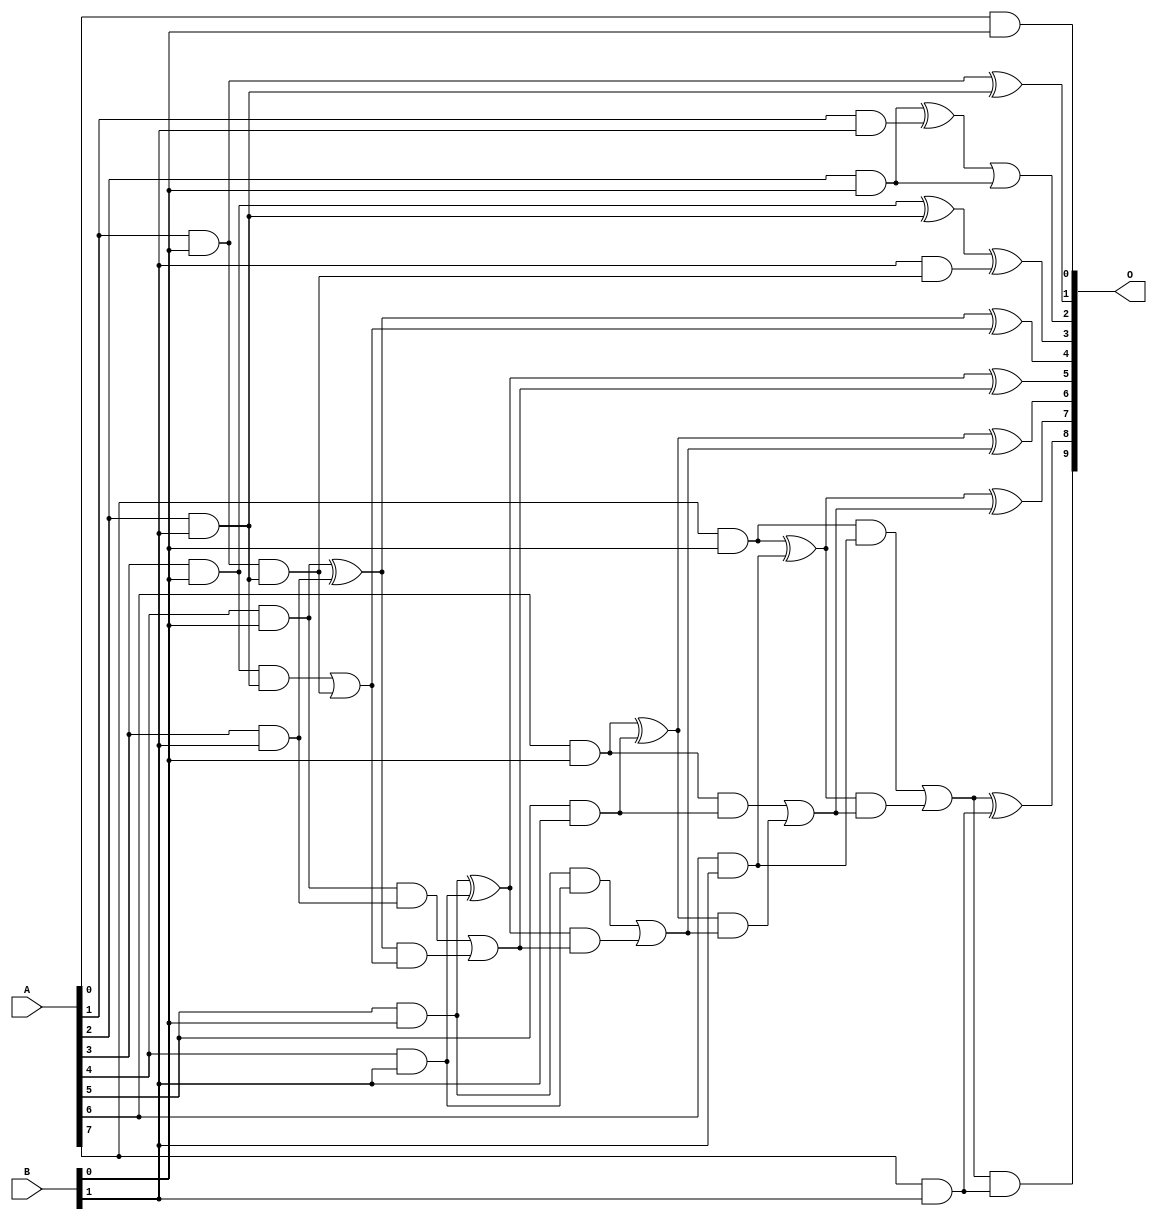
/***
* This code is a part of EvoApproxLib library (ehw.fit.vutbr.cz/approxlib) distributed under The MIT License.
* When used, please cite the following article(s): V. Mrazek, L. Sekanina, Z. Vasicek "Libraries of Approximate Circuits: Automated Design and Application in CNN Accelerators" IEEE Journal on Emerging and Selected Topics in Circuits and Systems, Vol 10, No 4, 2020 
* This file contains a circuit from a sub-set of pareto optimal circuits with respect to the pwr and mre parameters
***/
// MAE% = 0.049 %
// MAE = 0.5 
// WCE% = 0.20 %
// WCE = 2.0 
// WCRE% = 100.00 %
// EP% = 25.00 %
// MRE% = 0.76 %
// MSE = 1.0 
// PDK45_PWR = 0.029 mW
// PDK45_AREA = 101.4 um2
// PDK45_DELAY = 0.60 ns

module mul8x2u_0PJ (
    A,
    B,
    O
);

input [7:0] A;
input [1:0] B;
output [9:0] O;

wire sig_10,sig_11,sig_12,sig_13,sig_14,sig_15,sig_16,sig_17,sig_18,sig_19,sig_20,sig_21,sig_22,sig_23,sig_24,sig_25,sig_26,sig_27,sig_28,sig_30;
wire sig_31,sig_33,sig_34,sig_36,sig_37,sig_38,sig_39,sig_40,sig_41,sig_42,sig_43,sig_44,sig_45,sig_46,sig_47,sig_48,sig_49,sig_50,sig_51,sig_52;
wire sig_53,sig_54,sig_55,sig_56,sig_57,sig_58,sig_59;

assign sig_10 = A[0] & B[0];
assign sig_11 = A[1] & B[0];
assign sig_12 = A[2] & B[0];
assign sig_13 = A[3] & B[0];
assign sig_14 = A[4] & B[0];
assign sig_15 = A[5] & B[0];
assign sig_16 = A[6] & B[0];
assign sig_17 = A[7] & B[0];
assign sig_18 = A[2] & B[1];
assign sig_19 = A[1] & B[1];
assign sig_20 = A[2] & B[1];
assign sig_21 = A[3] & B[1];
assign sig_22 = A[4] & B[1];
assign sig_23 = A[5] & B[1];
assign sig_24 = A[6] & B[1];
assign sig_25 = A[7] & B[1];
assign sig_26 = sig_11 & sig_18;
assign sig_27 = sig_11 ^ sig_20;
assign sig_28 = sig_12 ^ sig_19;
assign sig_30 = B[1] & sig_26;
assign sig_31 = sig_28 | sig_12;
assign sig_33 = sig_13 ^ sig_20;
assign sig_34 = sig_13 & sig_18;
assign sig_36 = sig_33 ^ sig_30;
assign sig_37 = sig_34 | sig_26;
assign sig_38 = sig_14 ^ sig_21;
assign sig_39 = sig_14 & sig_21;
assign sig_40 = sig_38 & sig_37;
assign sig_41 = sig_38 ^ sig_37;
assign sig_42 = sig_39 | sig_40;
assign sig_43 = sig_15 ^ sig_22;
assign sig_44 = sig_15 & sig_22;
assign sig_45 = sig_43 & sig_42;
assign sig_46 = sig_43 ^ sig_42;
assign sig_47 = sig_44 | sig_45;
assign sig_48 = sig_16 ^ sig_23;
assign sig_49 = sig_16 & sig_23;
assign sig_50 = sig_48 & sig_47;
assign sig_51 = sig_48 ^ sig_47;
assign sig_52 = sig_49 | sig_50;
assign sig_53 = sig_17 ^ sig_24;
assign sig_54 = sig_17 & sig_24;
assign sig_55 = sig_53 & sig_52;
assign sig_56 = sig_53 ^ sig_52;
assign sig_57 = sig_54 | sig_55;
assign sig_58 = sig_57 & sig_25;
assign sig_59 = sig_57 ^ sig_25;

assign O[9] = sig_58;
assign O[8] = sig_59;
assign O[7] = sig_56;
assign O[6] = sig_51;
assign O[5] = sig_46;
assign O[4] = sig_41;
assign O[3] = sig_36;
assign O[2] = sig_31;
assign O[1] = sig_27;
assign O[0] = sig_10;

endmodule